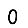
Digit: 0